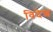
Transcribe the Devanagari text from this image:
विदॆश